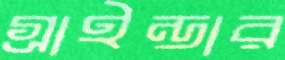
গ্রাইন্ডার